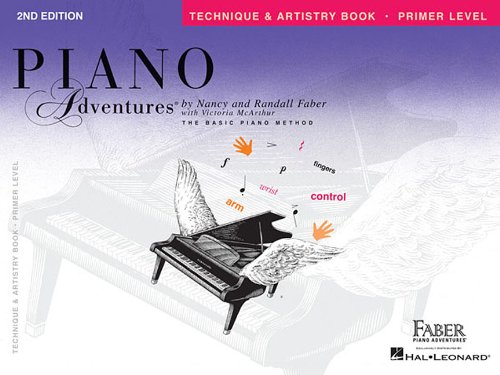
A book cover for Primer Level - Technique & Artistry Book: Piano Adventures; Humor & Entertainment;